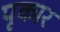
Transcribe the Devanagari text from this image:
पृकार